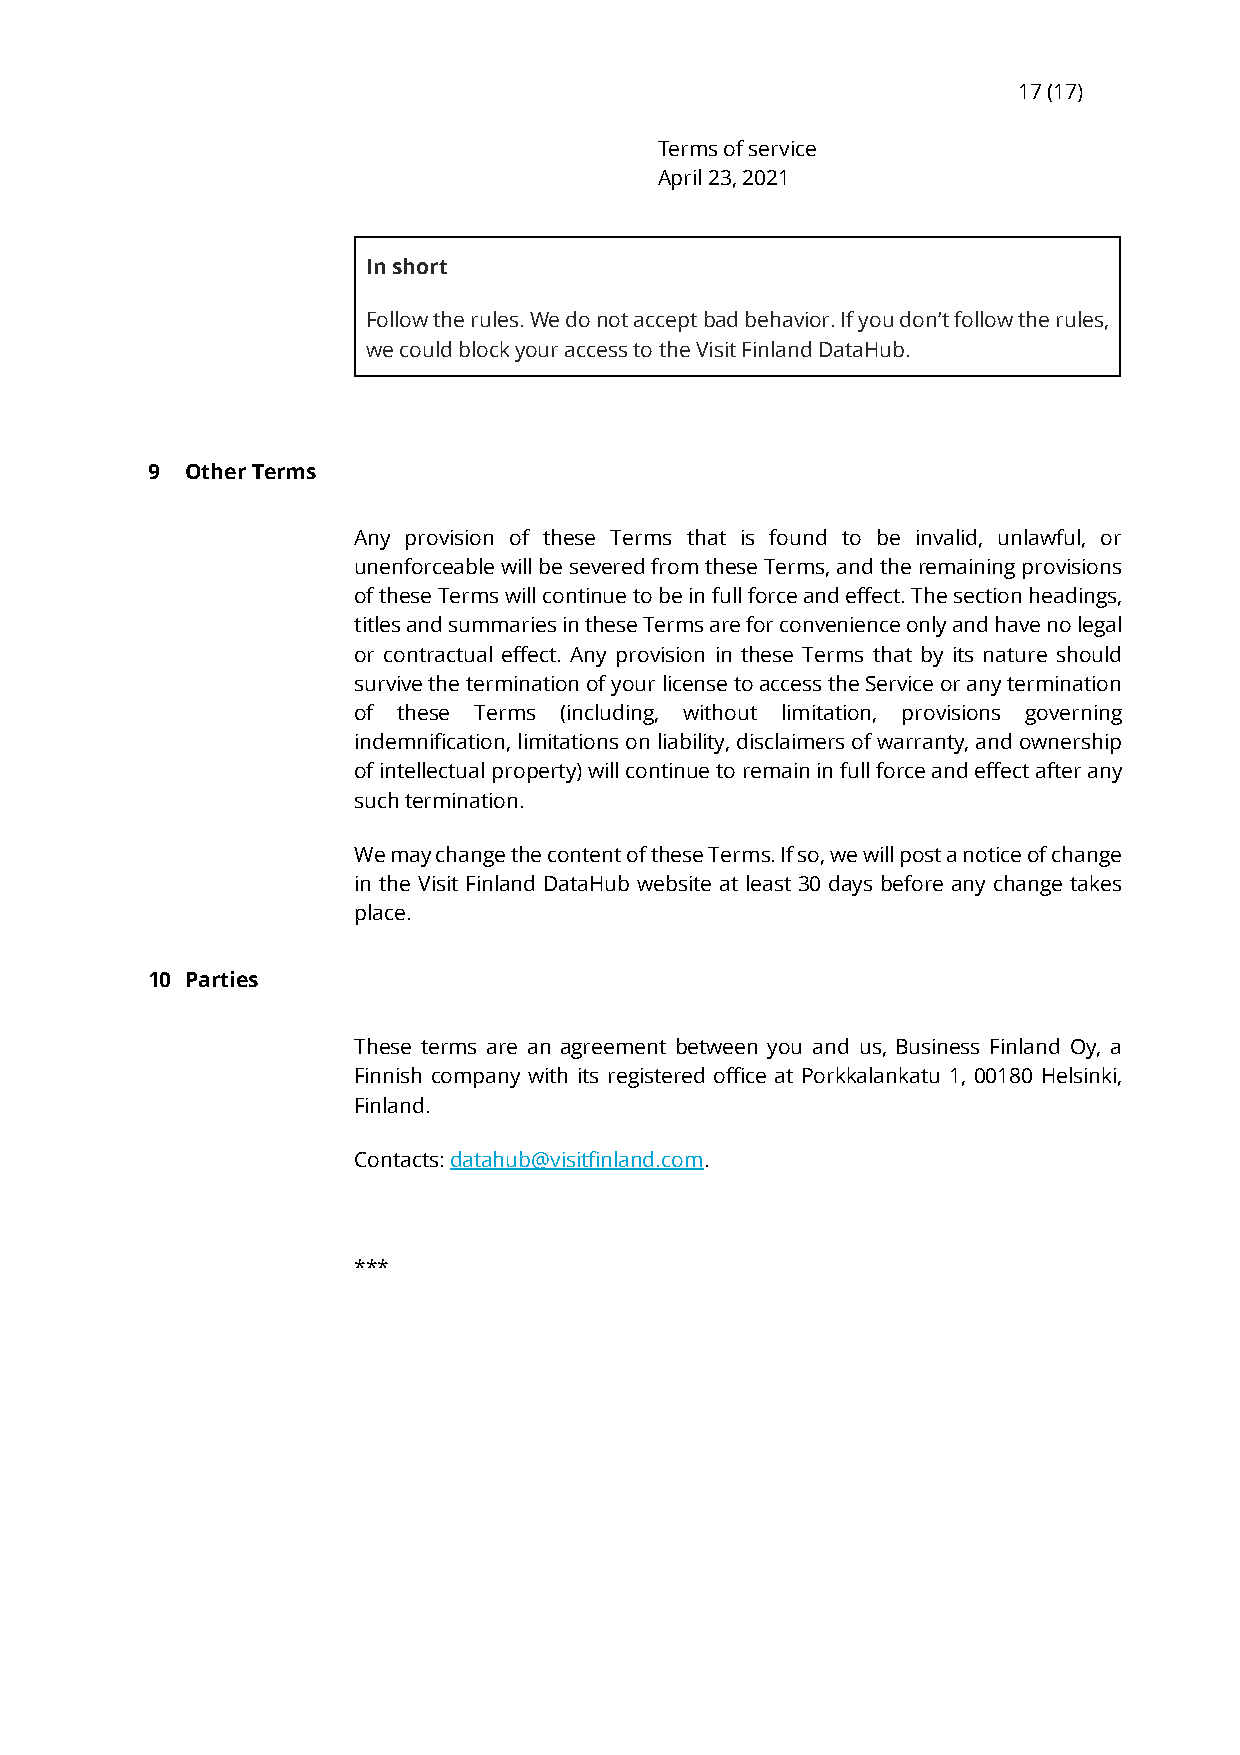
17 (17)
 Terms of service
 April 23, 2021
 In short
 Follow the rules. We do not accept bad behavior. If you don’t follow the rules,
 we could block your access to the Visit Finland DataHub.
 9 Other Terms
 Any provision of these Terms that is found to be invalid, unlawful, or
 unenforceable will be severed from these Terms, and the remaining provisions
 of these Terms will continue to be in full force and effect. The section headings,
 titles and summaries in these Terms are for convenience only and have no legal
 or contractual effect. Any provision in these Terms that by its nature should
 survive the termination of your license to access the Service or any termination
 of these Terms (including, without limitation, provisions governing
 indemnification, limitations on liability, disclaimers of warranty, and ownership
 of intellectual property) will continue to remain in full force and effect after any
 such termination.
 We may change the content of these Terms. If so, we will post a notice of change
 in the Visit Finland DataHub website at least 30 days before any change takes
 place.
 10 Parties
 These terms are an agreement between you and us, Business Finland Oy, a
 Finnish company with its registered office at Porkkalankatu 1, 00180 Helsinki,
 Finland.
 Contacts: datahub@visitfinland.com.
 ***